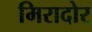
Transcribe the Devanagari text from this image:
मिरादोर